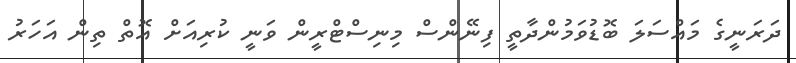
ދަރަނީގެ މައްސަލަ ބޮޑުވަމުންދާތީ ފިނޭންސް މިނިސްޓްރީން ވަނީ ކުރިއަށް އޮތް ތިން އަހަރު